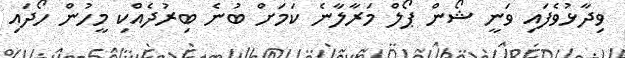
ވިދާޅުވެފައި ވަނީ ޝޯން ޕޯލް މަރާލާނެ ކަމަށް ބުނެ ބިރުދެެއްކި މީހުން ހޯދައި